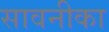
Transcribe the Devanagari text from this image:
सावनीका